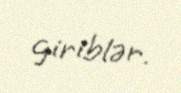
giriblər.